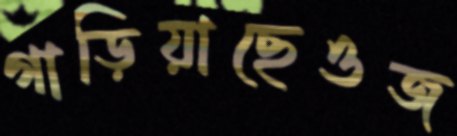
গাড়িয়াছেওজ